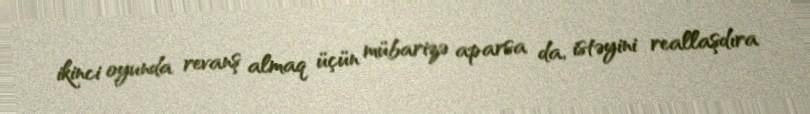
ikinci oyunda revanş almaq üçün mübarizə aparsa da, istəyini reallaşdıra